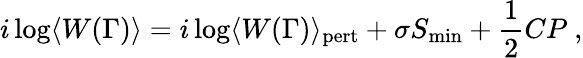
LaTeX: i\log\langle W(\Gamma)\rangle=i\log\langle W(\Gamma)\rangle_{\mathrm{pert}}+\sigma S_{\mathrm{min}}+{\frac{1}{2}}CP\ ,